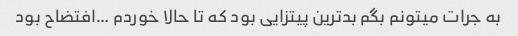
به جرات میتونم بگم بدترین پیتزایی بود که تا حالا خوردم …افتضاح بود